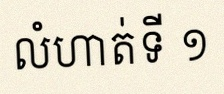
លំហាត់ទី ១